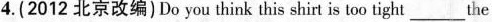
4.(2012 北京改编) Do you think this shirt is too tight_the